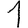
Digit: 1